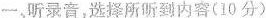
一、听录音,选择所听到内容(10 分)